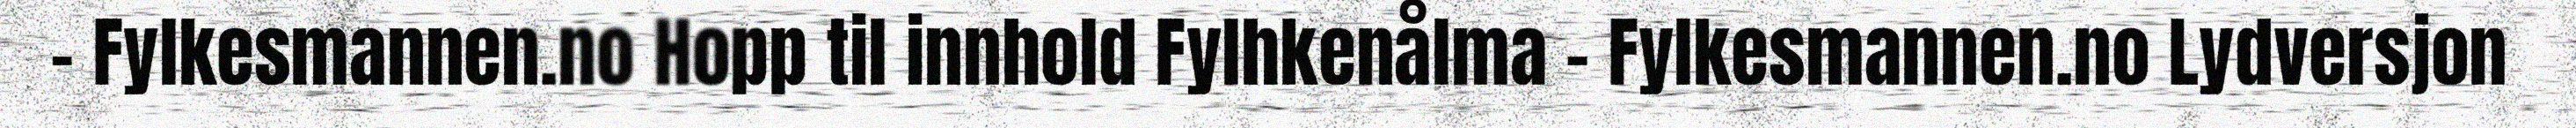
- Fylkesmannen.no Hopp til innhold Fylhkenålma - Fylkesmannen.no Lydversjon